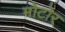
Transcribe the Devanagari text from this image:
मोटोर